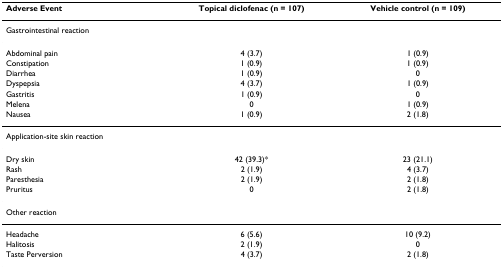
<table><thead><tr><td><b>Adverse Event</b></td><td><b>Topical diclofenac (n = 107)</b></td><td><b>Vehicle control (n = 109)</b></td></tr></thead><tbody><tr><td colspan="3">Gastrointestinal reaction</td></tr><tr><td>Abdominal pain</td><td>4 (3.7)</td><td>1 (0.9)</td></tr><tr><td>Constipation</td><td>1 (0.9)</td><td>1 (0.9)</td></tr><tr><td>Diarrhea</td><td>1 (0.9)</td><td>0</td></tr><tr><td>Dyspepsia</td><td>4 (3.7)</td><td>1 (0.9)</td></tr><tr><td>Gastritis</td><td>1 (0.9)</td><td>0</td></tr><tr><td>Melena</td><td>0</td><td>1 (0.9)</td></tr><tr><td>Nausea</td><td>1 (0.9)</td><td>2 (1.8)</td></tr><tr><td colspan="3">Application-site skin reaction</td></tr><tr><td>Dry skin</td><td>42 (39.3)*</td><td>23 (21.1)</td></tr><tr><td>Rash</td><td>2 (1.9)</td><td>4 (3.7)</td></tr><tr><td>Paresthesia</td><td>2 (1.9)</td><td>2 (1.8)</td></tr><tr><td>Pruritus</td><td>0</td><td>2 (1.8)</td></tr><tr><td colspan="3">Other reaction</td></tr><tr><td>Headache</td><td>6 (5.6)</td><td>10 (9.2)</td></tr><tr><td>Halitosis</td><td>2 (1.9)</td><td>0</td></tr><tr><td>Taste Perversion</td><td>4 (3.7)</td><td>2 (1.8)</td></tr></tbody></table>